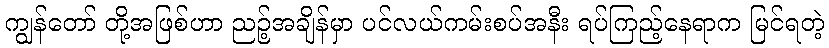
ကျွန်တော် တို့အဖြစ်ဟာ ညဉ့်အချိန်မှာ ပင်လယ်ကမ်းစပ်အနီး ရပ်ကြည့်နေရာက မြင်ရတဲ့